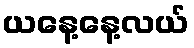
ယနေ့နေ့လယ်